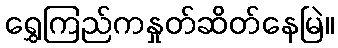
ရွှေကြည်ကနှုတ်ဆိတ်နေမြဲ။